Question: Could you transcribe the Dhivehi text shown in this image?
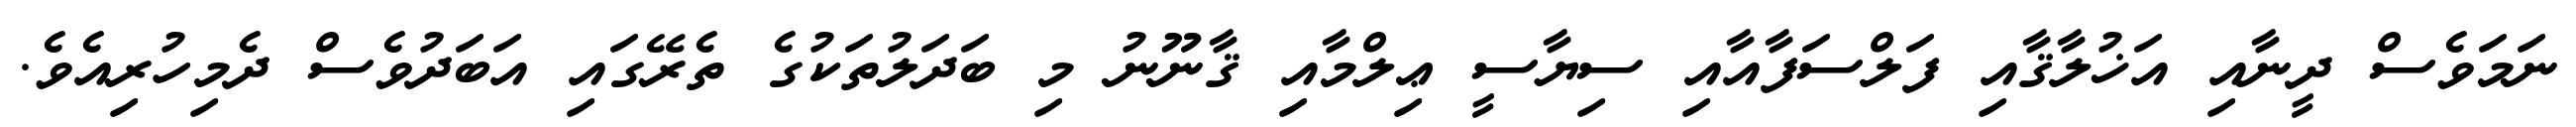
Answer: ނަމަވެސް ދީނާއި އަޚުލާޤާއި ފަލްސަފާއާއި ސިޔާސީ ޢިލްމާއި ޤާނޫނު މި ބަދަލުތަކުގެ ތެރޭގައި އަބަދުވެސް ދެމިހުރިއެވެ.